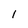
Character: 1